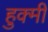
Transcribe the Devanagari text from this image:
हुक्मी